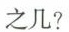
之几?